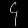
Digit: ၄